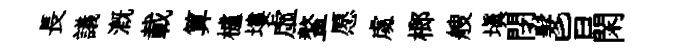
長議溉載算櫨塿虚鳌愿䖏榔艘塡閉髮旨閑